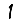
Digit: 1